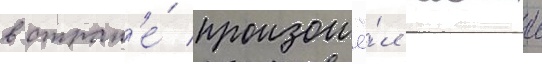
в стран'е́ произошё́л новыи